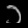
Digit: ၁